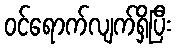
ဝင်ရောက်လျက်ရှိပြီး